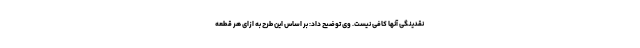
نقدینگی آنها کافی نیست. وی توضیح داد: بر اساس این طرح به ازای هر قطعه